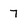
Character: 7